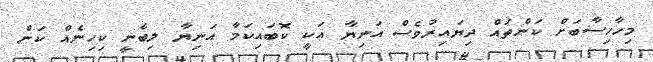
މިހާހިސާބަށް ކަންތައް ދިޔައިރުވެސް އަނިޔާ އަކީ ކޮބައިކަމާ އަނިޔާ ލިބެނީ ކިހިނެއް ކަން